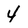
Character: 4